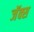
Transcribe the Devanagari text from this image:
जॅक्स